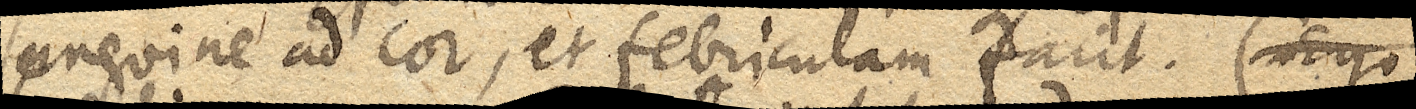
sanguine ad cor, et febriculam facit. (Ergo